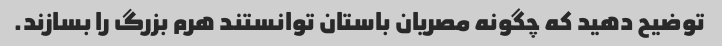
توضیح دهید که چگونه مصریان باستان توانستند هرم بزرگ را بسازند.